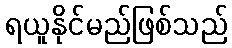
ရယူနိုင်မည်ဖြစ်သည်